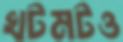
খটমটও